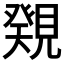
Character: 𧡫